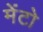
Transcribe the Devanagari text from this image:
मेंटो